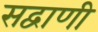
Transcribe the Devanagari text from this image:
सद्वाणी